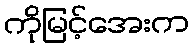
ကိုမြင့်အေးက